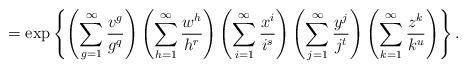
LaTeX: \begin{align*} = \exp\left\{ \left( \sum_{g=1}^{\infty} \frac{v^g}{g^q}\right) \left( \sum_{h=1}^{\infty} \frac{w^h}{h^r}\right) \left( \sum_{i=1}^{\infty} \frac{x^i}{i^s}\right) \left( \sum_{j=1}^{\infty} \frac{y^j}{j^t}\right) \left( \sum_{k=1}^{\infty} \frac{z^k}{k^u}\right)\right\}. \end{align*}